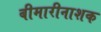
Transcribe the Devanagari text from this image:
बीमारीनाशक